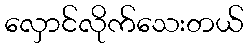
လှောင်လိုက်သေးတယ်